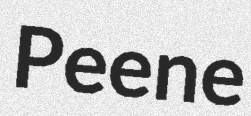
Peene